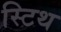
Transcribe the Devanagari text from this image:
स्टिथ